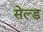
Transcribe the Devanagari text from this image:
सेल्ड